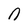
Character: n